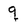
Character: q